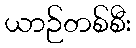
ယာဉ်တစ်စီး